Report on horse surra - Volume I
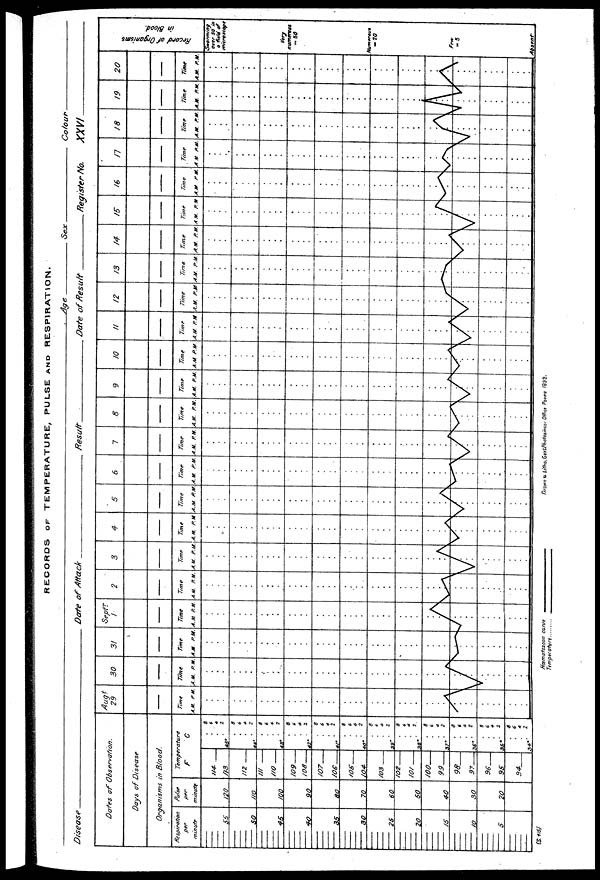
RECORDS OF TEMPERATURE, PULSE AND RESPIRATION.